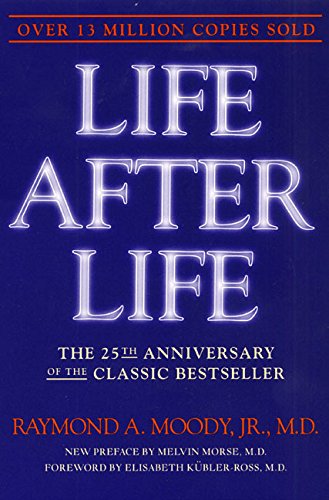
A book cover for Life After Life: The Investigation of a Phenomenon--Survival of Bodily Death; Raymond Moody; Religion & Spirituality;